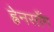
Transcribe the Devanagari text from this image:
ह्वेनसाँग